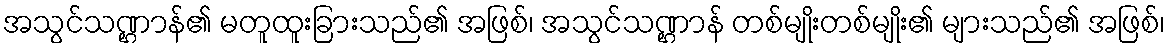
အသွင်သဏ္ဌာန်၏ မတူထူးခြားသည်၏ အဖြစ်၊ အသွင်သဏ္ဌာန် တစ်မျိုးတစ်မျိုး၏ များသည်၏ အဖြစ်၊